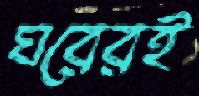
ঘরেরই